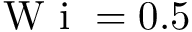
\mathrm { ~ W ~ i ~ } = 0 . 5